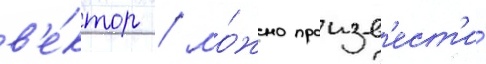
в'е́ктор / мо́жно произв'ест'и́